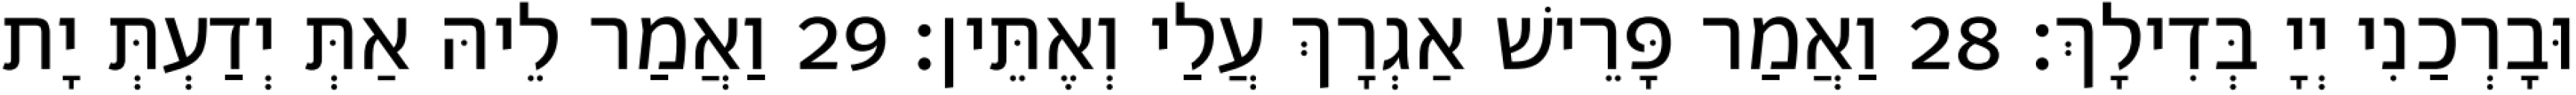
וּבָרְכַנִי יְיָ בְּדִילָךְ׃ 28 וַאֲמַר פָּרֵישׁ אַגְרָךְ עֲלַי וְאֶתֵּין׃ 29 וַאֲמַר לֵיהּ אַתְּ יְדַעְתְּ יָת